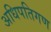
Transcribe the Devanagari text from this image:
अधिपतिगण